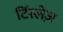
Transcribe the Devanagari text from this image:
टिंस्लेज़